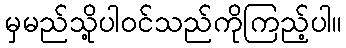
မှမည်သို့ပါဝင်သည်ကိုကြည့်ပါ။